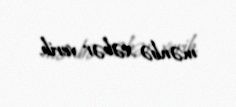
mənbə xəbər verib.